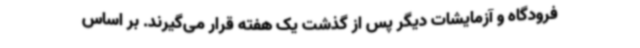
فرودگاه و آزمایشات دیگر پس از گذشت یک هفته قرار می‌گیرند. بر اساس